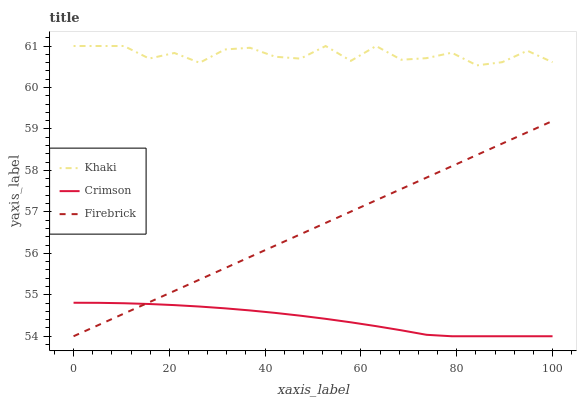
| xaxis_label | Khaki | Crimson | Firebrick |
 | --- | --- | --- | --- |
 | 0 | 61 | 54.8 | 54 |
 | 5.26 | 61 | 54.8 | 54.3 |
 | 10.5 | 61 | 54.8 | 54.5 |
 | 15.8 | 60.7 | 54.8 | 54.8 |
 | 21.1 | 60.8 | 54.8 | 55.1 |
 | 26.3 | 60.6 | 54.7 | 55.4 |
 | 31.6 | 60.9 | 54.7 | 55.6 |
 | 36.8 | 61 | 54.6 | 55.9 |
 | 42.1 | 60.7 | 54.6 | 56.2 |
 | 47.4 | 60.7 | 54.5 | 56.5 |
 | 52.6 | 61 | 54.4 | 56.7 |
 | 57.9 | 60.6 | 54.3 | 57 |
 | 63.2 | 61 | 54.2 | 57.3 |
 | 68.4 | 60.7 | 54.1 | 57.6 |
 | 73.7 | 60.7 | 54 | 57.8 |
 | 78.9 | 60.8 | 54 | 58.1 |
 | 84.2 | 60.5 | 54 | 58.4 |
 | 89.5 | 60.6 | 54 | 58.6 |
 | 94.7 | 60.9 | 54 | 58.9 |
 | 100 | 60.6 | 54 | 59.2 |